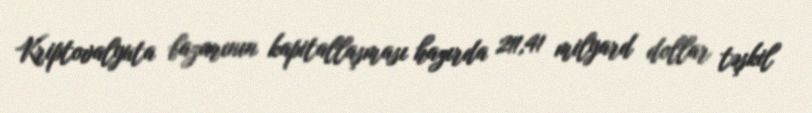
Kriptovalyuta bazarının kapitallaşması hazırda 211,41 milyard dollar təşkil